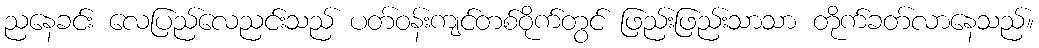
ညနေခင်း လေပြည်လေညင်းသည် ပတ်ဝန်းကျင်တစ်ဝိုက်တွင် ဖြည်းဖြည်းသာသာ တိုက်ခတ်လာနေသည်။